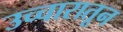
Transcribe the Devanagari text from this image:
उच्चारातून